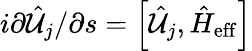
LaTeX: i\partial\hat{{\cal U}}_{j}/\partial s=\left[\hat{{\cal U}}_{j},\hat{H}_{\mathrm{eff}}\right]